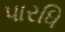
પારધિ